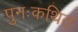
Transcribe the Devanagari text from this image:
पुनःकथित